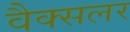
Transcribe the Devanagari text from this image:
वैक्सलर